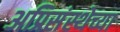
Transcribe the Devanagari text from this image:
अप्रिसंस्थेच्या